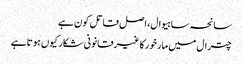
سانحہ ساہیوال، اصل قاتل کون ہے
چترال میں مارخورکا غیرقانونی شکار کیوں ہوتا ہے